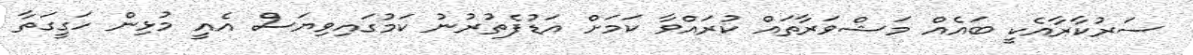
ސަރުކާރާއެކީ ބައެއް މަޝްވަރާތައް ކުރައްވާ ކަމަށް އަޑުފެތުރުނު ކަމުގައިވިޔަސް އެއީ މުޅިން ހަގީގަތާ